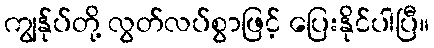
ကျွန်ုပ်တို့ လွတ်လပ်စွာဖြင့် ပြေးနိုင်ပါပြီ။